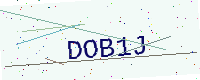
Text: DOB1J